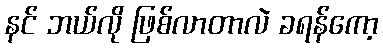
နင် ဘယ်လို ဖြစ်လာတာလဲ ခရန်ကော့